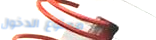
ممنوع الدخول